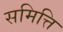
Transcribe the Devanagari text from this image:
समित्ति